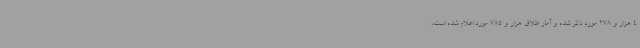
4 هزار و 278 مورد ذکر شده و آمار طلاق هزار و 785 مورد اعلام شده است،